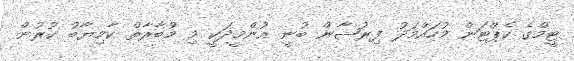
ޓީމްގެ ކެޕްޓަން މުހައްމަދު ފިރުޝާން ބުނީ އުންމީދަކީ މި މުބާރާތް ކާމިޔާބު ކުރުން